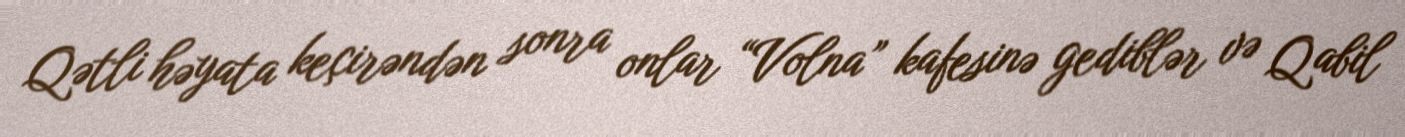
Qətli həyata keçirəndən sonra onlar “Volna” kafesinə gediblər və Qabil